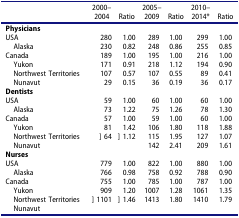
|  | 2000–2004 | Ratio | 2005–2009 | Ratio | 2010–2014* | Ratio |
 | --- | --- | --- | --- | --- | --- | --- |
 | Physicians |  |  |  |  |  |  |
 | USA | 280 | 1.00 | 289 | 1.00 | 299 | 1.00 |
 | Alaska | 230 | 0.82 | 248 | 0.86 | 255 | 0.85 |
 | Canada | 189 | 1.00 | 195 | 1.00 | 216 | 1.00 |
 | Yukon | 171 | 0.91 | 218 | 1.12 | 194 | 0.90 |
 | Northwest Territories | 107 | 0.57 | 107 | 0.55 | 89 | 0.41 |
 | Nunavut | 29 | 0.15 | 36 | 0.19 | 36 | 0.17 |
 | Dentists |  |  |  |  |  |  |
 | USA | 59 | 1.00 | 60 | 1.00 | 60 | 1.00 |
 | Alaska | 73 | 1.22 | 75 | 1.26 | 78 | 1.30 |
 | Canada | 57 | 1.00 | 59 | 1.00 | 60 | 1.00 |
 | Yukon | 81 | 1.42 | 106 | 1.80 | 118 | 1.88 |
 | Northwest Territories | <ROWSPAN=2> ] 64 | <ROWSPAN=2> ] 1.12 | 115 | 1.95 | 127 | 1.07 |
 | Nunavut | 142 | 2.41 | 209 | 1.61 |
 | Nurses |  |  |  |  |  |  |
 | USA | 779 | 1.00 | 822 | 1.00 | 880 | 1.00 |
 | Alaska | 766 | 0.98 | 758 | 0.92 | 788 | 0.90 |
 | Canada | 755 | 1.00 | 785 | 1.00 | 787 | 1.00 |
 | Yukon | 909 | 1.20 | 1007 | 1.28 | 1061 | 1.35 |
 | Northwest Territories | <ROWSPAN=2> ] 1101 | <ROWSPAN=2> ] 1.46 | <ROWSPAN=2> 1413 | <ROWSPAN=2> 1.80 | <ROWSPAN=2> 1410 | <ROWSPAN=2> 1.79 |
 | Nunavut |